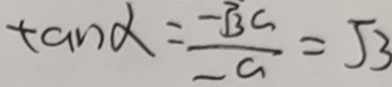
\tan \alpha = \frac { - \sqrt { 3 } a } { - a } = \sqrt { 3 }